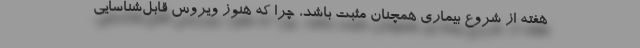
هفته از شروع بیماری همچنان مثبت باشد، چرا که هنوز ویروس قابل‌شناسایی